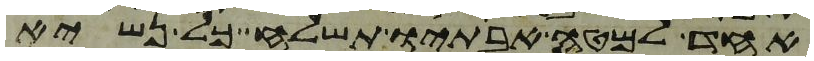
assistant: אחד למטה אבתיו תשלח כל נשיא